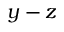
y - z